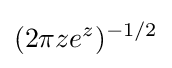
(2\pi ze^{z})^{-1/2}